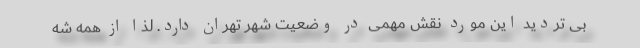
بی تردید این مورد نقش مهمی در وضعیت شهر تهران دارد. لذا از همه شه